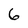
Character: 6